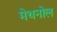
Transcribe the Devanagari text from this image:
मेथनोल